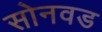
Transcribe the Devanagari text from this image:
सोनवड